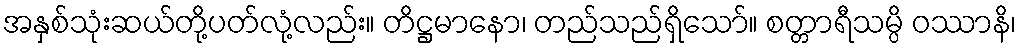
အနှစ်သုံးဆယ်တို့ပတ်လုံ့လည်း။ တိဋ္ဌမာနော၊ တည်သည်ရှိသော်။ စတ္တာရီသမ္ပိ ဝဿာနိ၊